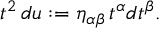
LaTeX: t ^ { 2 } \, d u : = \eta _ { \alpha \beta } \, t ^ { \alpha } d t ^ { \beta } .